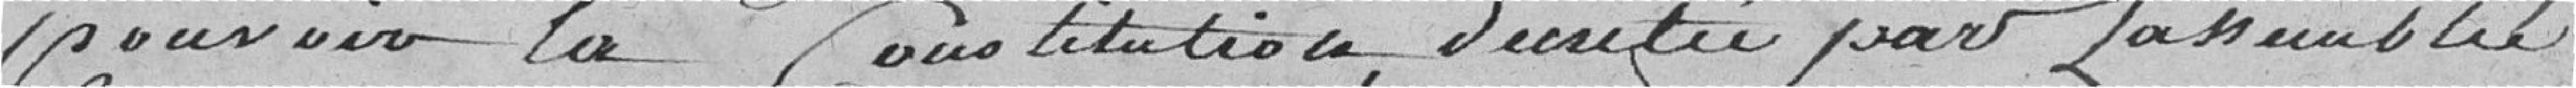
pouvour la Constitution décretée par L'assemblée